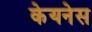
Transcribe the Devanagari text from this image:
केयनेस